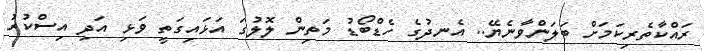
ރައްކާތެރިކަމަށް ބަލަންވާނެޔޭ.. އެނދުގެ ހެޑްބޯޑު މަތިން ލޮލުގަ އަޅައިގަތީ ވަޅި އަދި އިސްކުރު